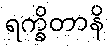
ရက္ခိတာနိ